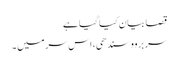
قصا بیان کیا گیا ہے
سر بروو سندھی، اس سر میں ۔